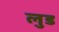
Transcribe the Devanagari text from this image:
लुड